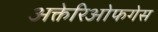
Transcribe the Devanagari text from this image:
अक्तेरिओफगेस